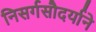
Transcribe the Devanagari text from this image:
निसर्गसौदर्याने